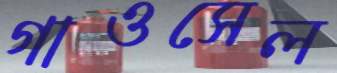
গাওসেল